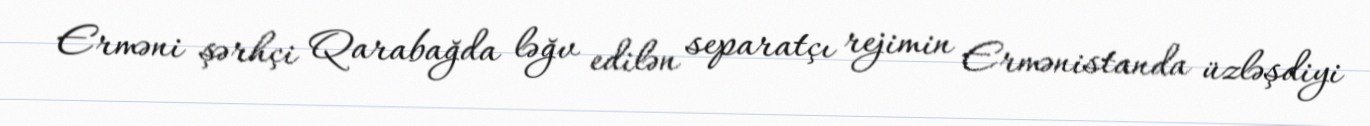
Erməni şərhçi Qarabağda ləğv edilən separatçı rejimin Ermənistanda üzləşdiyi